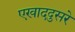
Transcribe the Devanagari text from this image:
एखाददुसरे